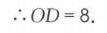
\(\therefore OD = 8\).